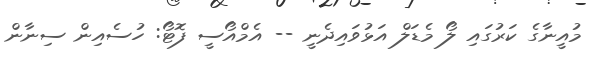
މުއީނާގެ ކަރުގައި ލޯ މެޑަލް އަޅުވައިދެނީ -- އެމްއޯސީ ފޮޓޯ: ހުސެއިން ސިނާން